Liigvalla_vallavalitsus, lk 50
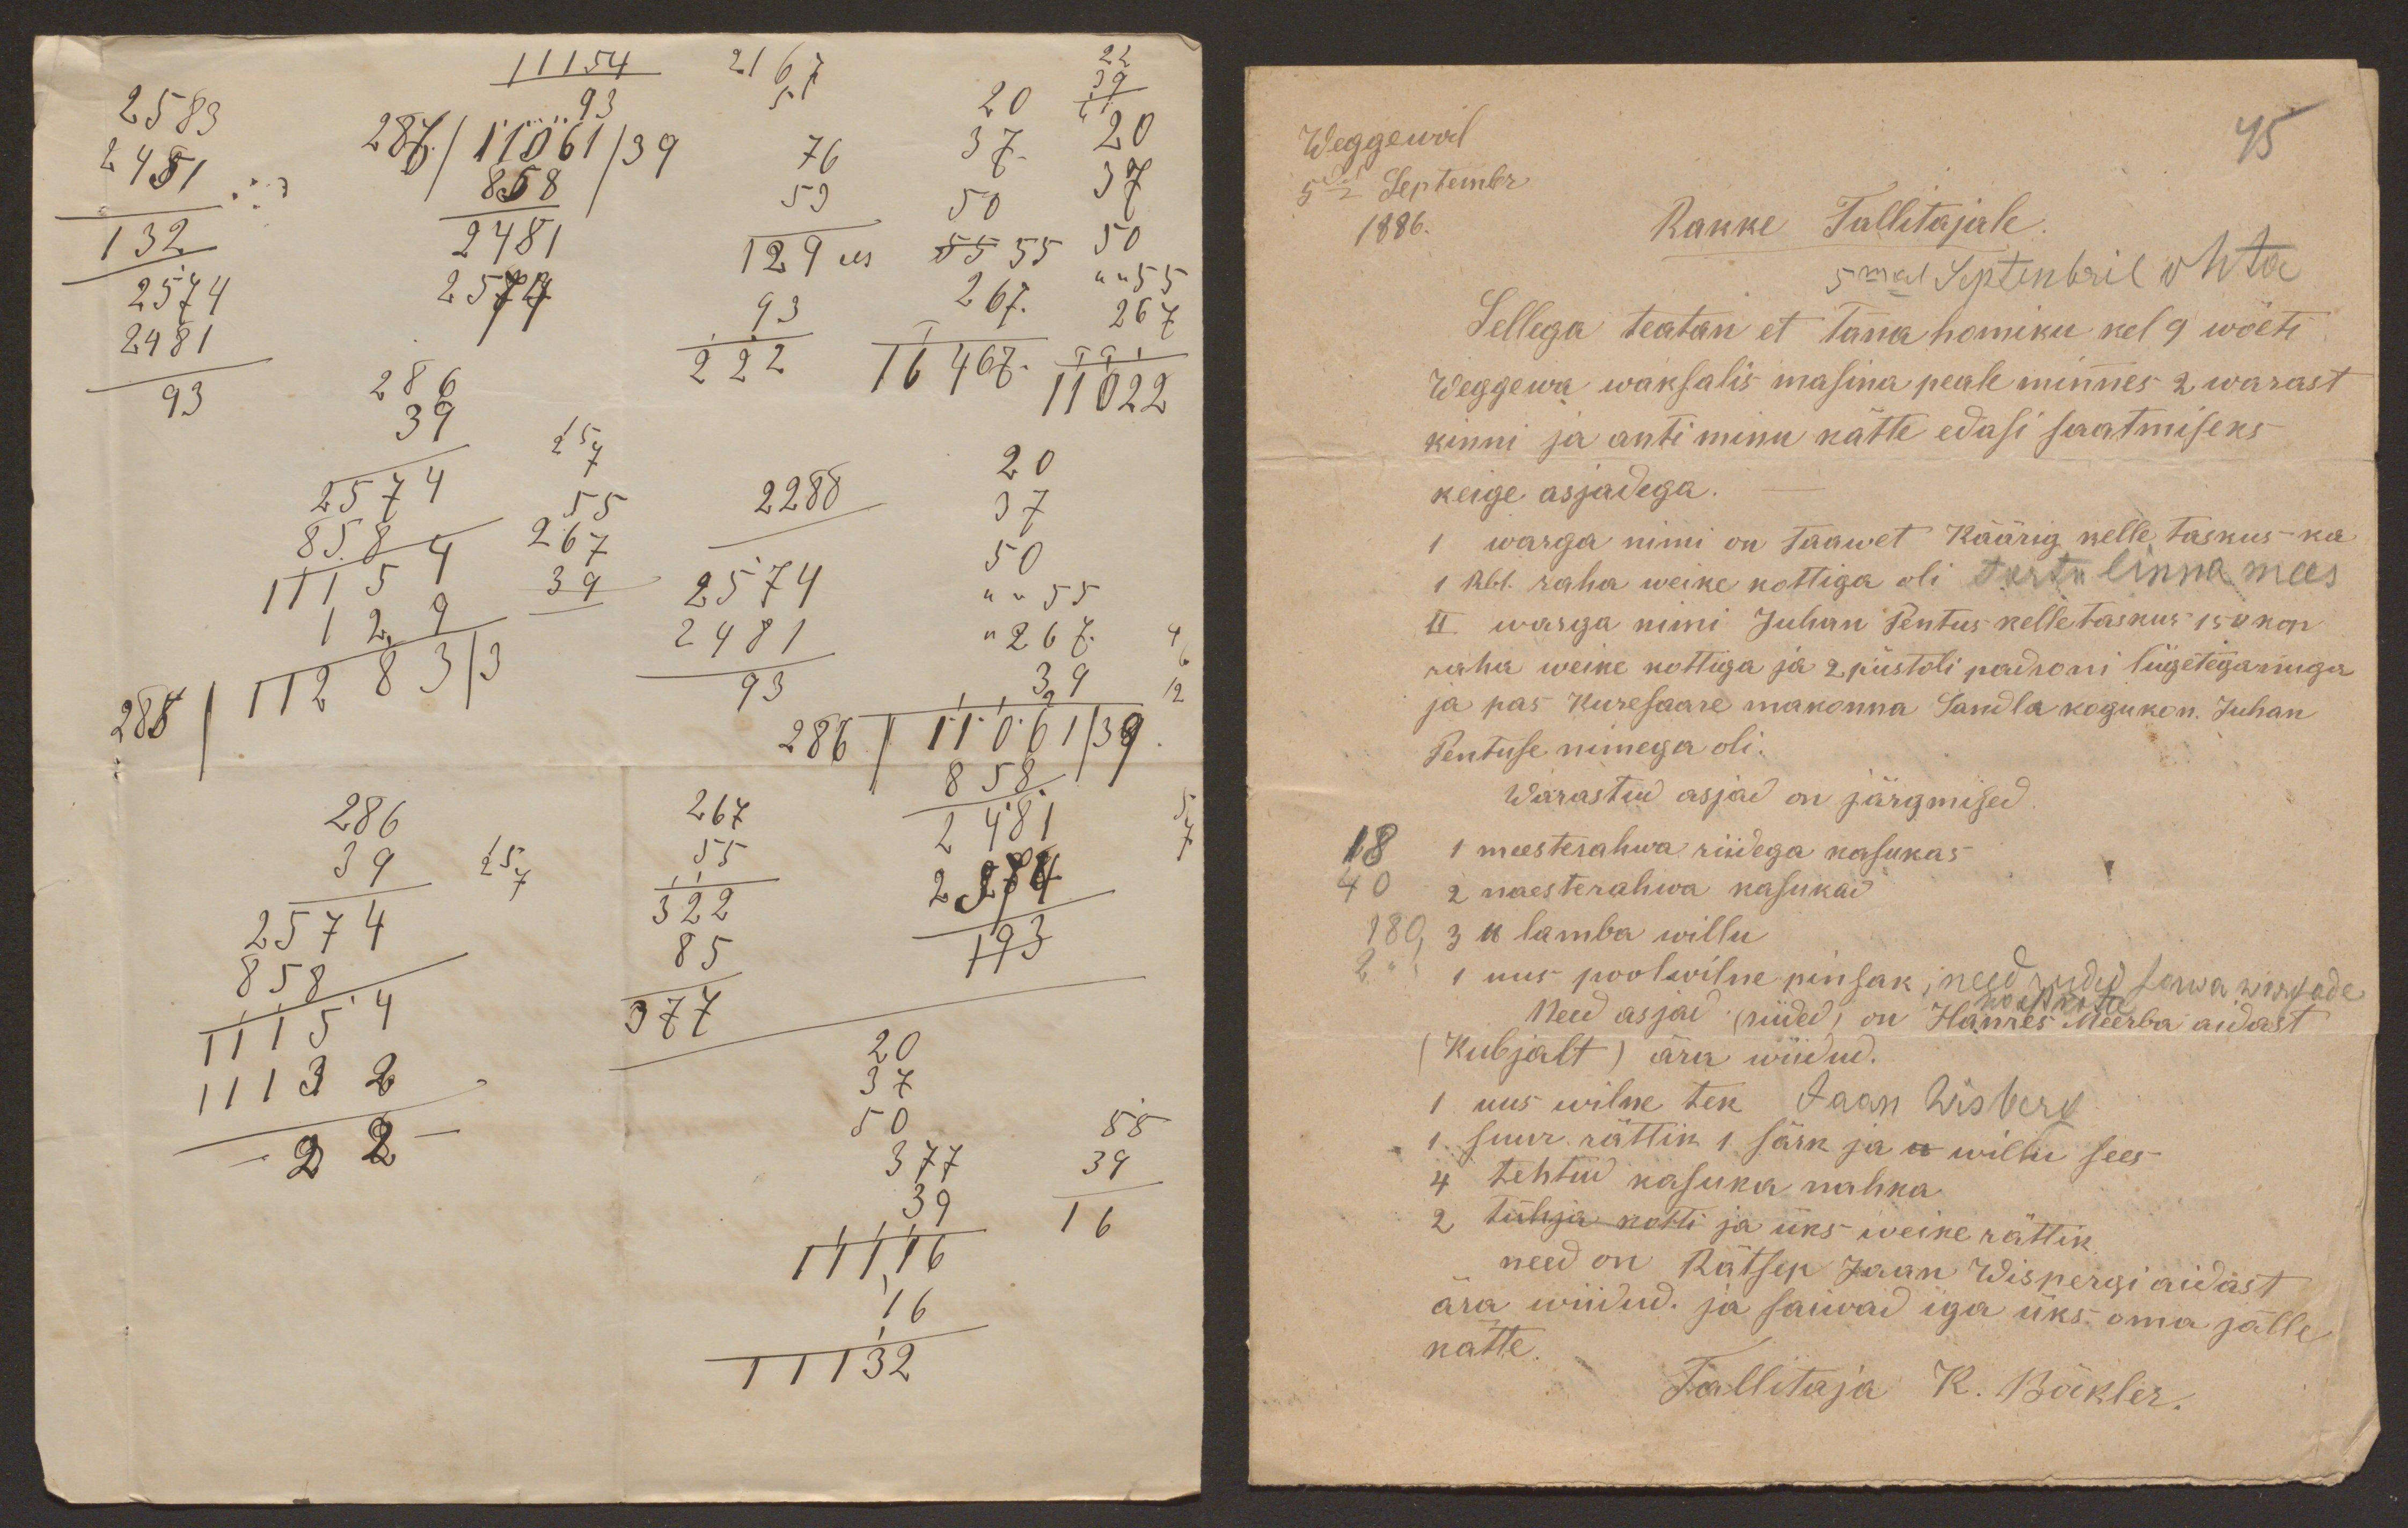
Weggewal
45
5dal Septembr
1886.
Rakke Tallitajale.
5mal Septenbril ohta
Sellega teatan et Täna homiku kel 9 wõeti
Weggewa waksalis masina peale minnes 2 warast
kinni ja anti minu kätte edasi saatmiseks
keige asjadega.
1 warga nimi on Taawet Käärig kelle taskus ka
1 Rbl. raha weike kottiga oli Tartu linna mees
II warga nimi Juhan Pentus kelle taskus 150 kop
raha weike kottiga ja 2 püstoli padroni liigeteganuga
ja pas Kuresaare makonna Sandla kogukon. Juhan
Pentuse nimega oli.
Warastud asjad on järgmised
18 1 meesterahwa riidega kasukas
40 2 naesterahwa kasukad
180, 3 lb lamba willu
2 " 1 uus poolwilne pinsak, need riided saiwa wargade
kaest katte
Need asjad (riided) on Hanres Meerba aidast
(Kubjalt) ära wiidud.
1. uus wilne tek Jaan Wisberg
1 suur rättik 1 särk ja lb willu sees
4 tehtud kasuka nahka
2 tühja kotti ja üks weike rättik
need on Rätsep Jaan Wispergi aidast
ära wiidud. ja saiwad iga üks oma jälle
kätte.
Tallitaja K. Bäkler.